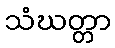
သံဃတ္တာ